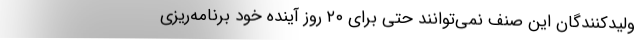
ولیدکنندگان این صنف نمی‌توانند حتی برای ۲۰ روز آینده خود برنامه‌ریزی